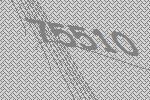
75510